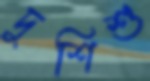
দুশিশু